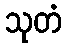
သုတံ